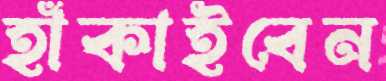
হাঁকাইবেন